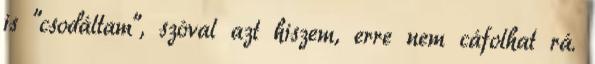
is "csodáltam", szóval azt hiszem, erre nem cáfolhat rá.